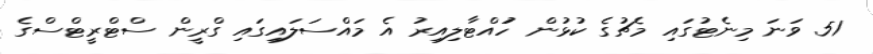
51 ވަނަ މިނެޓުގައި މެޗުގެ ކުޅުން ހުައްޓާލިއިރު އެ މައްސަލައިގައި ގްރީން ސްޓްރީޓްސްގެ